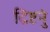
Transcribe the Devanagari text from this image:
द्रिष्टनुं